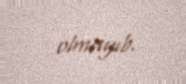
olmayıb.